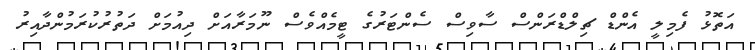
އަތޮޅު ފެމިލީ އެންޑް ޗިލްޑްރަންސް ސާވިސް ސެންޓަރުގެ ޓީމެއްވެސް ނޫމަރާއަށް ދިއުމަށް ދަތުރުކުރަމުންދާއިރު